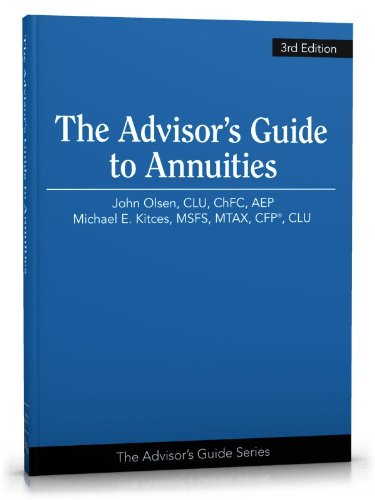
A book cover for The Advisor's Guide to Annuities; John L. Olsen; Business & Money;